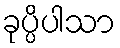
ခုပ္ပိပါသာ